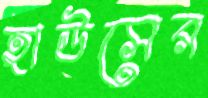
হাউসের